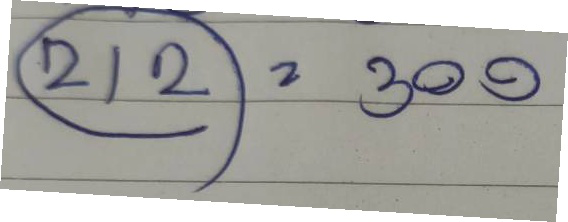
(212)  = 300